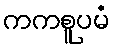
ကကစူပမံ